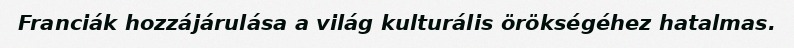
Franciák hozzájárulása a világ kulturális örökségéhez hatalmas.